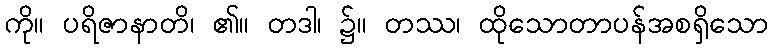
ကို။ ပရိဇာနာတိ၊ ၏။ တဒါ၊ ၌။ တဿ၊ ထိုသောတာပန်အစရှိသော